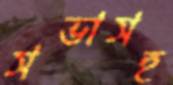
সভাসহ